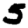
Digit: 5